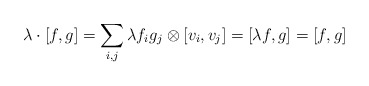
\begin{align*}\lambda \cdot [f,g] = \sum\limits_{i,j} \lambda f_i g_j \otimes [v_i,v_j] = [\lambda f,g] = [f,g]\end{align*}